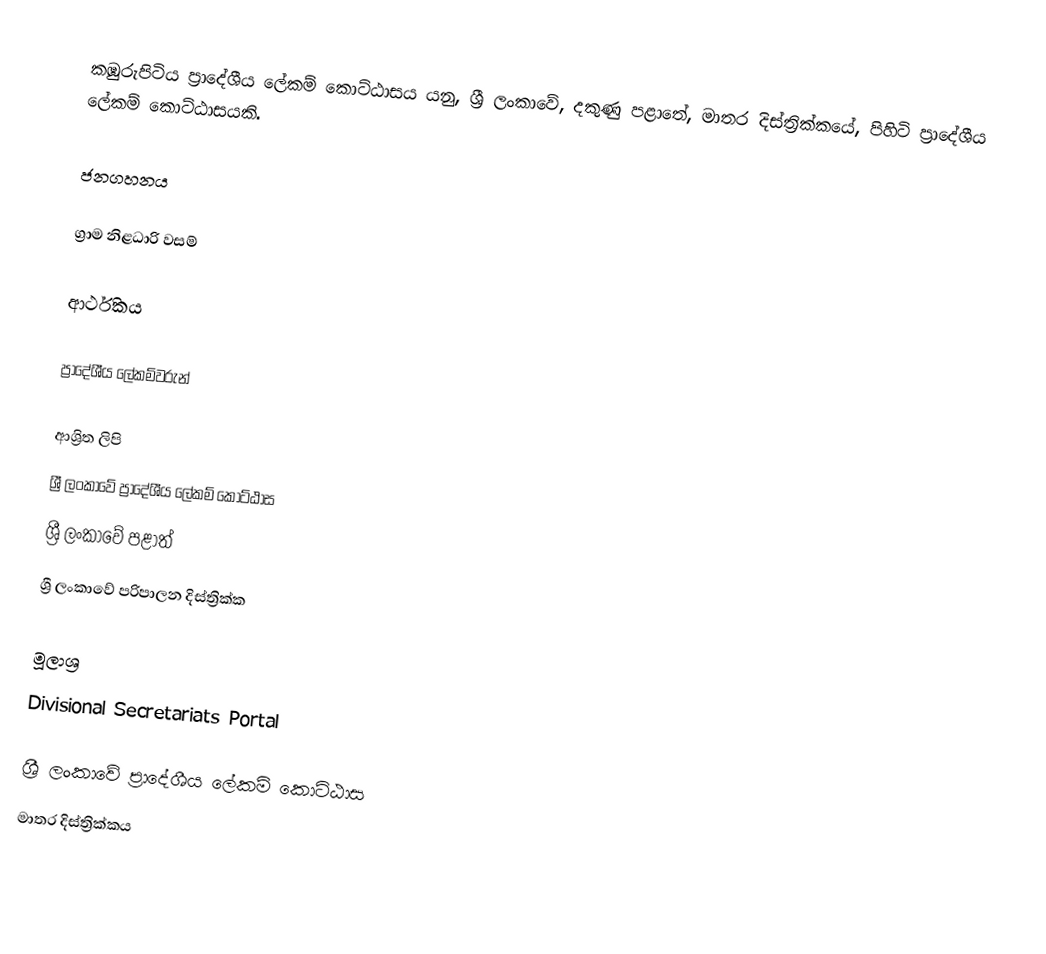
කඹුරුපිටිය ප්‍රාදේශීය ලේකම් කොට්ඨාසය යනු,  ශ්‍රී ලංකාවේ, දකුණු පළාතේ,   මාතර දිස්ත්‍රික්කයේ, පිහිටි ප්‍රාදේශීය ලේකම් කොට්ඨාසයකි.

ජනගහනය

ග්‍රාම නිළධාරි වසම්

ආර්ථිකය

ප්‍රාදේශීය ලේකම්වරුන්

ආශ්‍රිත ලිපි
ශ්‍රී ලංකාවේ ප්‍රාදේශීය ලේකම් කොට්ඨාස
ශ්‍රී ලංකාවේ පළාත්
ශ්‍රී ලංකාවේ පරිපාලන දිස්ත්‍රික්ක

මූලාශ්‍ර
 Divisional Secretariats Portal

ශ්‍රී ලංකාවේ ප්‍රාදේශීය ලේකම් කොට්ඨාස
මාතර දිස්ත්‍රික්කය